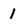
Character: 1